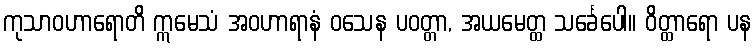
ကုသာဝဟာရောတိ ဣမေသံ အဝဟာရာနံ ဝသေန ပဝတ္တာ, အယမေတ္ထ သင်္ခေပေါ။ ဝိတ္ထာရော ပန